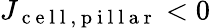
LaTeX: J_{\mathrm{~c~e~l~l~,~p~i~l~l~a~r~}}<0